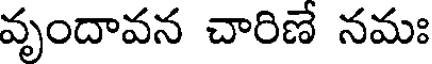
వృందావన చారిణే నమః